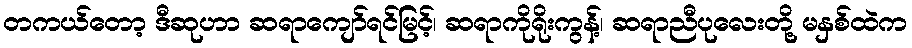
တကယ်တော့ ဒီဆုဟာ ဆရာကျော်ရင်မြင့်၊ ဆရာကိုရိုးကွန့်၊ ဆရာညီပုလေးတို့ မနှစ်ထဲက